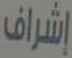
إشراف